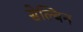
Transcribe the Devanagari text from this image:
सेल्बिन